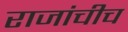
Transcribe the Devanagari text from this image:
राजांचीच